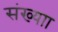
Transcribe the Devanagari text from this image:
संख्याा